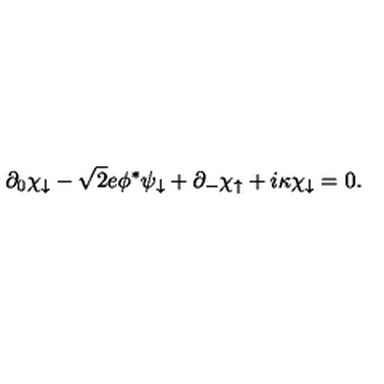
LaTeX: \partial _ { 0 } \chi _ { \downarrow } - \sqrt { 2 } e \phi ^ { * } \psi _ { \downarrow } + \partial _ { - } \chi _ { \uparrow } + i \kappa \chi _ { \downarrow } = 0 .